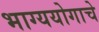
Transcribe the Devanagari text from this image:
भाग्ययोगाचे